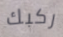
ركبك